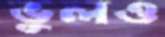
ভুলও